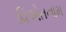
વિએતનામ